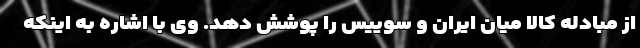
از مبادله کالا میان ایران و سوییس را پوشش دهد. وی با اشاره به اینکه